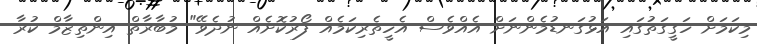
މިކަމަށް ހަގީގަތުގައި އަޅުގަނޑުމެންނަށް އެއްވެސް އެހީތެރިކަމެއް ފޯރުކޮށެއް ނުދެވޭ" މުބާރާތް އިންތިޒާމް ކުރާ